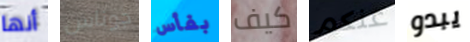
أنها جوناس بفأس كيف عنكم يبدو